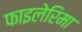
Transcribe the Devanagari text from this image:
फाइलेरिमा